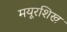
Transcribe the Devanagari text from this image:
मयूरशिख